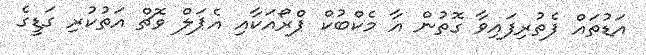
އަޑުތައް ފެތުރިފައިވާ ގޮތުން އާ މެކްބުކް ޕްރޯއަކާއި އެޕަލް ވޮޗް އަތުކުރި ގަޑީގެ